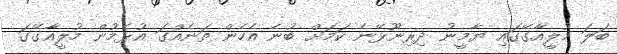
ބަލަ މުލީއާގޭގައި ޔާމީނު ދިރިނޫޅޭނެ ކަމަށް ބުނެ އެހެން ތަނެއްގަ އުޅެމުން މުލީއާގޭގަ